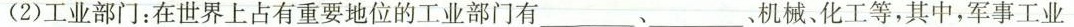
(2)工业部门：在世界上占有重要地位的工业部门有___、___、机械、化工等，其中，军事工业